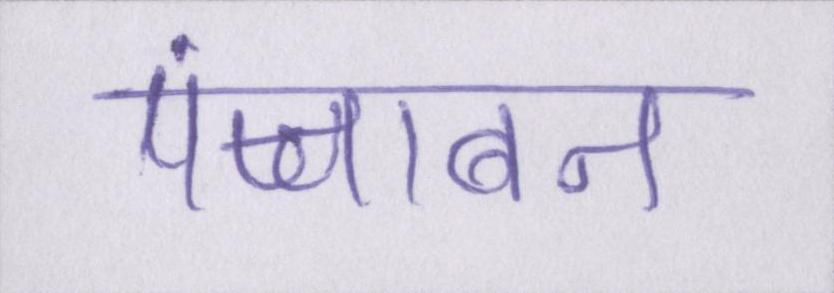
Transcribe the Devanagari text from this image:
पंजाबन